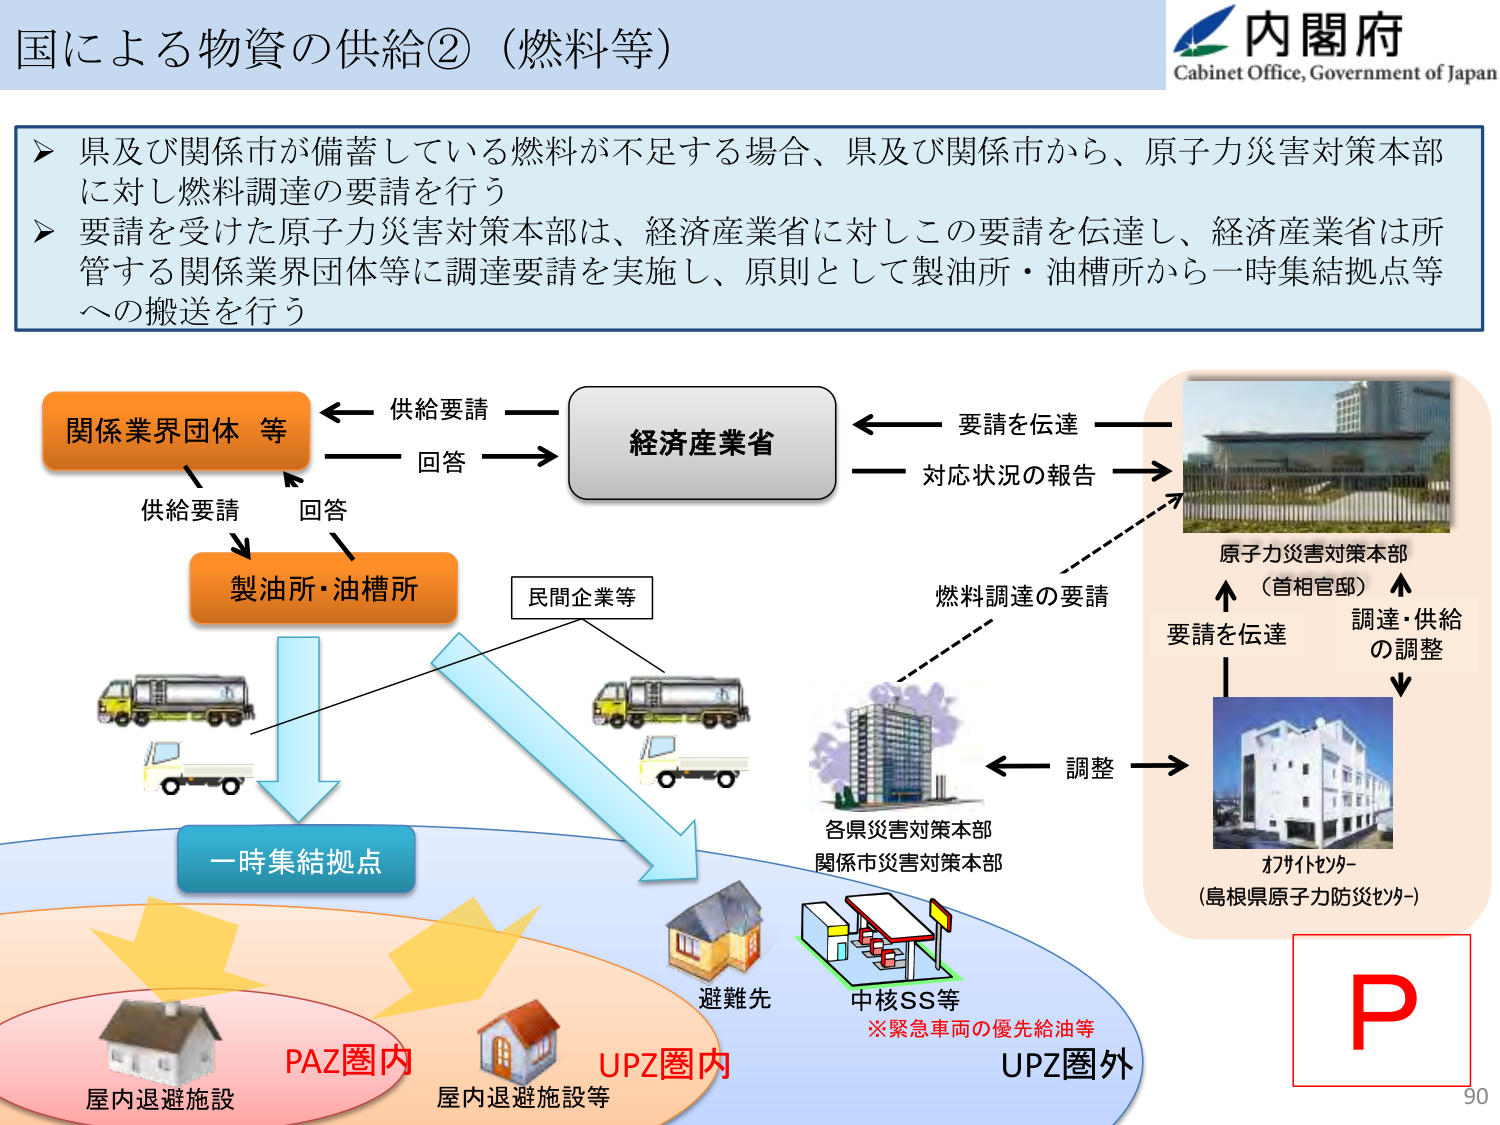
国による物資の供給②（燃料等）

内閣府
Cabinet Office, Government of Japan

▶ 県及び関係市が備蓄している燃料が不足する場合、県及び関係市から、原子力災害対策本部に対し燃料調達の要請を行う
▶ 要請を受けた原子力災害対策本部は、経済産業省に対しこの要請を伝達し、経済産業省は所管する関係業界団体等に調達要請を実施し、原則として製油所・油槽所から一時集結拠点等への搬送を行う

関係業界団体 等
供給要請 ←→ 回答 → 経済産業省
供給要請
回答
製油所・油槽所
民間企業等

一時集結拠点

原子力災害対策本部
（首相官邸）
要請を伝達
調達・供給
の調整
オフサイトセンター
（島根県原子力防災センター）

燃料調達の要請
対応状況の報告
要請を伝達

調整

各県災害対策本部
関係市災害対策本部

避難先
中核SS等
※緊急車両の優先給油等

PAZ圏内
屋内退避施設

UPZ圏内
屋内退避施設等

UPZ圏外

P
90